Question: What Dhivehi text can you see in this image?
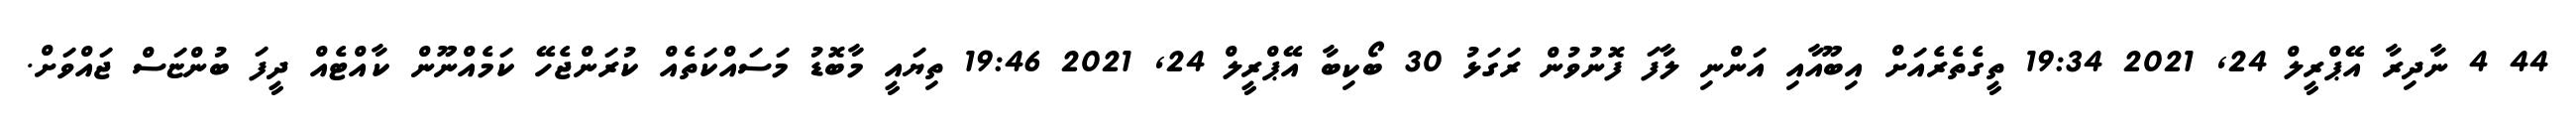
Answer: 44 4 ނާދިރާ އޭޕްރީލް 24, 2021 19:34 ތީގެތެރެއަށް އިބޫއާއި އަންނި ލާފަ ފޮނުވުން ރަގަޅު 30 ބޯކިބާ އޭޕްރީލް 24, 2021 19:46 ތިޔައީ މާބޮޑު މަސައްކަތެއް ކުރަންޖެހޭ ކަމެއްނޫން ކާއްޓެއް ދީފަ ބުންޏަސް ޖައްވަށް.